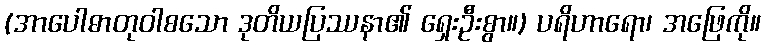
(အာပေါဓာတုဝါစသော ဒုတိယပြဿနာ၏ ရှေးဦးစွာ။) ပရိဟာရော၊ အဖြေကို။